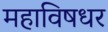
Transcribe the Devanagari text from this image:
महाविषधर